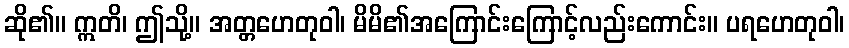
ဆို၏။ ဣတိ၊ ဤသို့။ အတ္တဟေတုဝါ၊ မိမိ၏အကြောင်းကြောင့်လည်းကောင်း။ ပရဟေတုဝါ၊